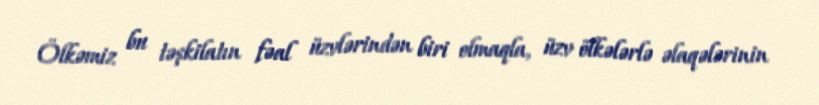
Ölkəmiz bu təşkilatın fəal üzvlərindən biri olmaqla, üzv ölkələrlə əlaqələrinin